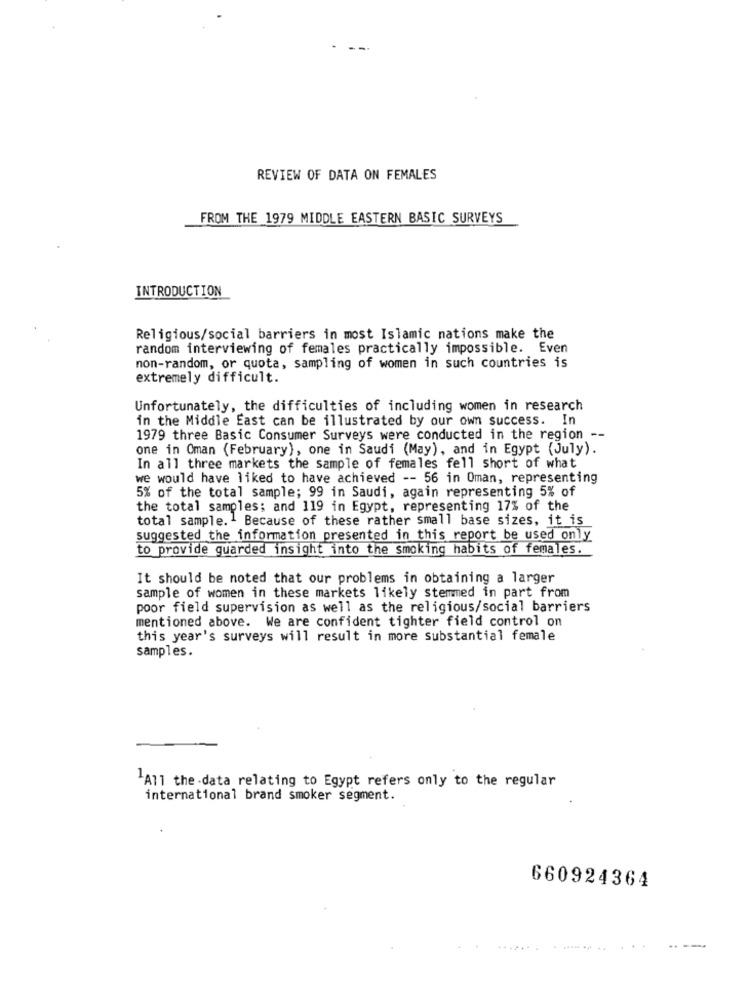
REVIEW OF DATA ON FEMALES
FROM THE 1979 MIDDLE EASTERN BASIC SURVEYS
INTRODUCTION
Religious/social barriers in most Islamic nations make the
random interviewing of females practically impossible. Even
non-random, or quota, sampling of women in such countries is
extremely difficult.
Unfortunately, the difficulties of including women in research
in the Middle East can be illustrated by our own success. In
1979 three Basic Consumer Surveys were conducted in the region --
one in Oman (February), one in Saudi (May), and in Egypt (July).
In all three markets the sample of females fell short of what
we would have liked to have achieved -- 56 in Oman, representing
5% of the total sample; 99 in Saudi, again representing 5% of
the total samples; and 119 in Egypt, representing 17% of the
total sample.1 Because of these rather small base sizes, it is
suggested the information presented in this report be used only
to provide guarded insight into the smoking habits of females.
It should be noted that our problems in obtaining a larger
sample of women in these markets likely stemmed in part from
poor field supervision as well as the religious/social barriers
mentioned above. We are confident tighter field control on
this year's surveys will result in more substantial female
samples.
"All the -data relating to Egypt refers only to the regular
international brand smoker segment.
660924364
--.
...